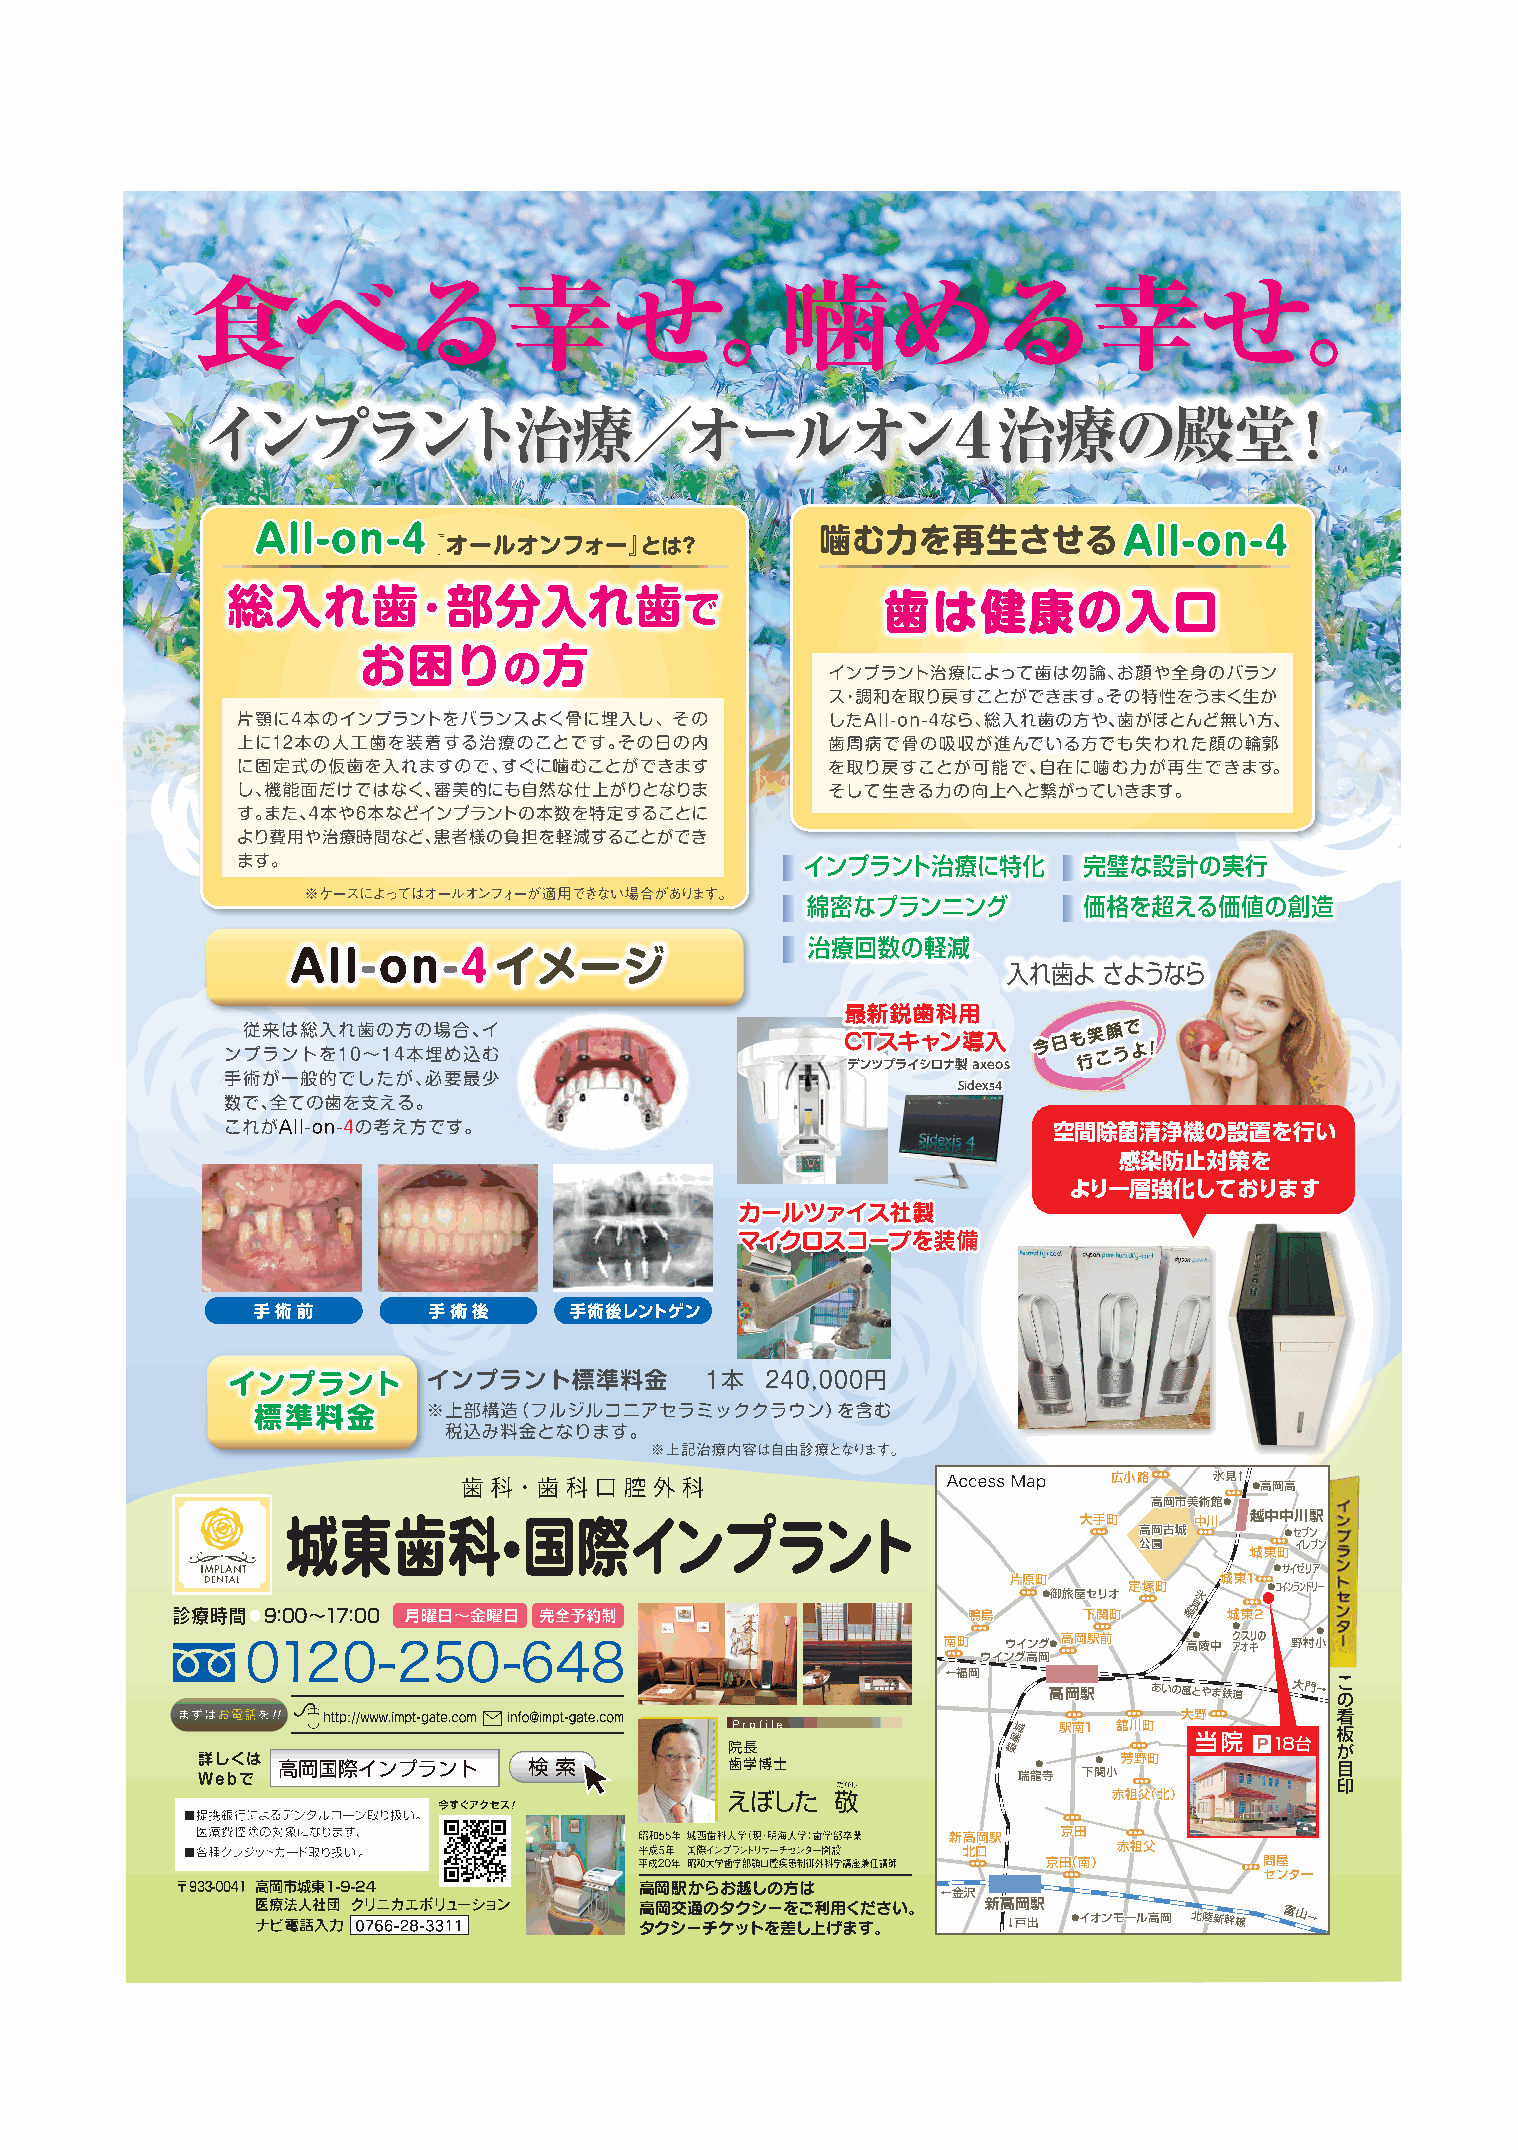
食べる幸せ                                   噛める幸せ
 。                                      。
 インプラント治療／オールオン４治療の殿堂！
 最最新新鋭鋭歯歯科科用用
 CCTTススキキャャンン導導入入
 デデンンツツププラライイシシロロナナ製製 aaxxeeooss
 SSiiddeexxss44
 空間除菌清浄機の設置を行い
 感染防止対策を
 より一層強化しております
 カカーールルツツァァイイスス社社製製
 ママイイククロロススココーーププをを装装備備
 広小路   氷氷見見↑↑
 ●●高高岡岡高高
 高高岡岡市市美美術術館館●●
 大大手手町町 中中川川 越越中中中中川川駅駅
 高高岡岡古古城城  ●●セセブブンン
 公公園園       イイレレブブンン
 城城東東町町
 ●●ササイイゼゼリリアア
 片片原原町町        城城東東11
 ●●御御旅旅屋屋セセリリオオ
 定定塚塚町町
 氷
 ●●ココイインンラランンドドリリーー
 見
 鴨鴨島島    下下関関町町 線 城城東東22
 南南町町 ウウイインンググ●●高高岡岡駅駅前前 高 高 ●● 陵陵中中 ● ク ア● ク アスス オオリリ キキのの 野野村村小小●
 ウウイインンググ高高岡岡
 ←福岡
 高高岡岡駅駅 ああいいのの風風ととややまま鉄鉄道道 大門→
 大大野野
 城  駅駅南南11 舘舘川川町町
 端
 線
 ●    ● 芳芳野野町町
 瑞龍寺  下関小
 赤赤祖祖父父（（北北））
 京京田田
 新新高高岡岡駅駅
 北北口口      赤赤祖祖父父
 京京田田（（南南））     問屋
 センター
 高岡駅からお越しの方は
 ←金沢
 高 タク岡 シ交 ー通 チの ケタ ック トシ をー 差を しご 上利 げ用 まく すだ 。さい。 新新高高 ↓岡岡 戸出駅駅 ●●イイオオンンモモーールル高高岡岡 北北陸陸新新幹幹線線 富山→